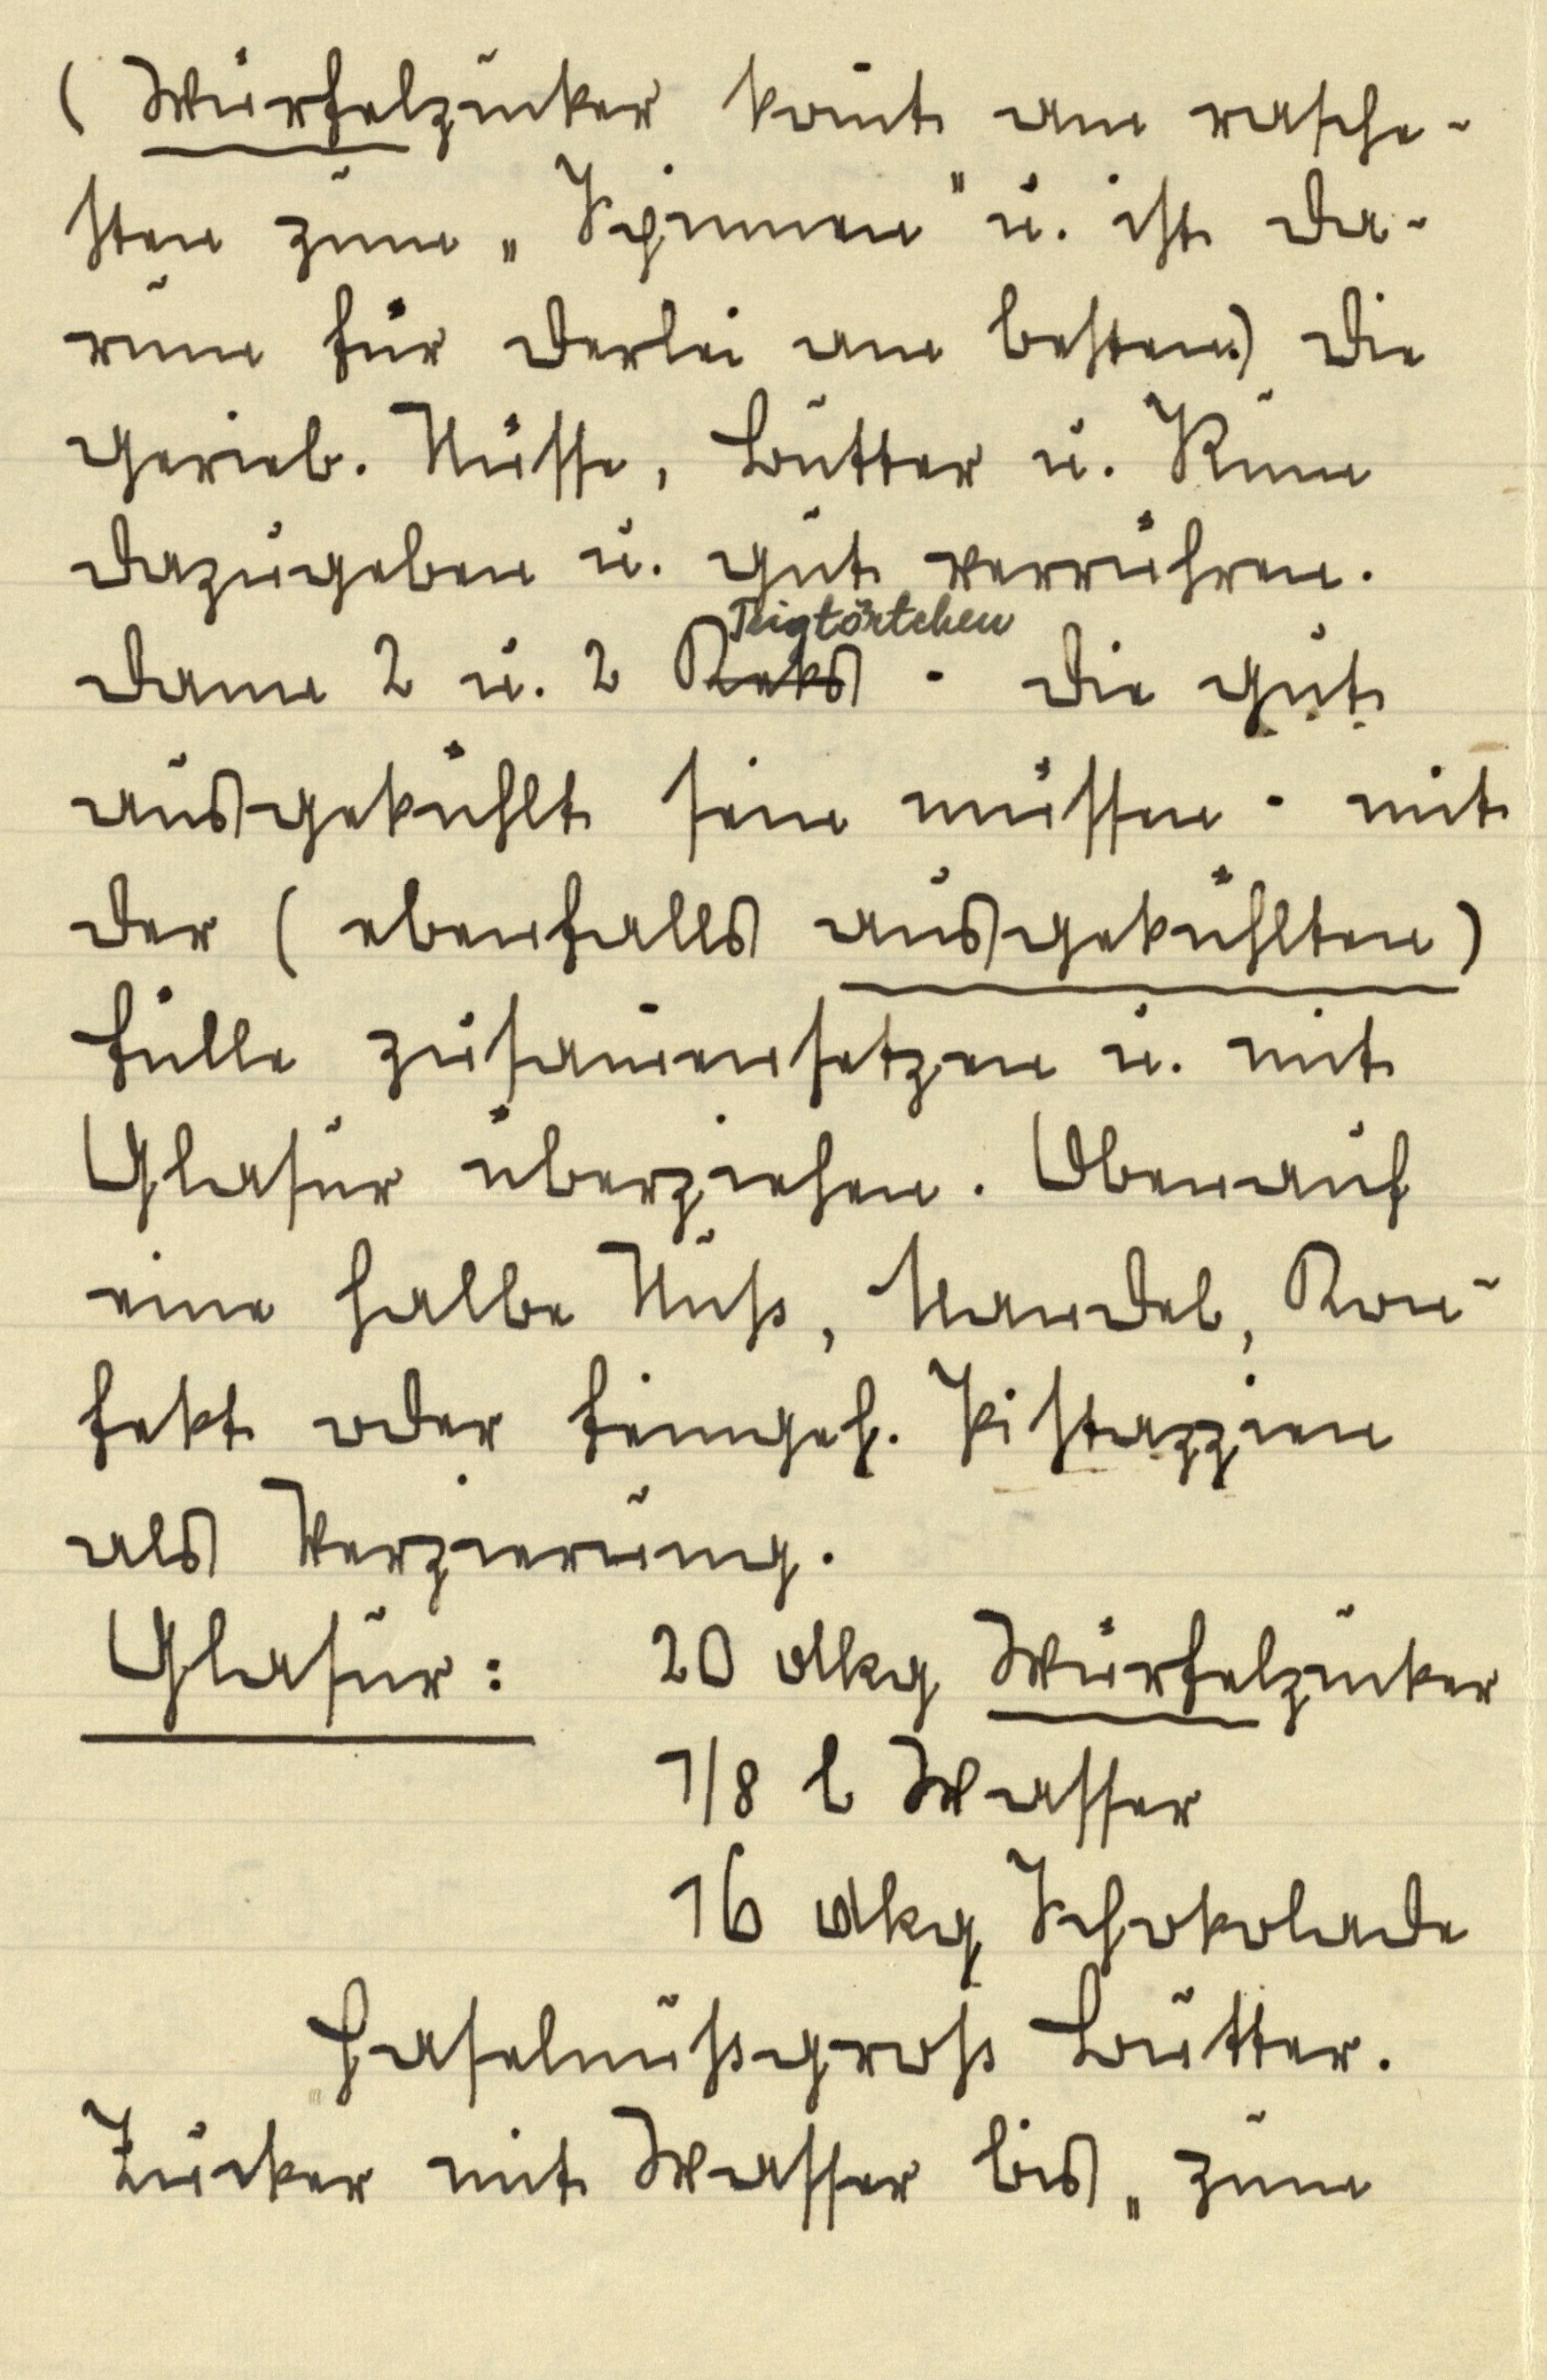
(Würfelzucker kommt am rasche¬
sten zum "Spinnen" u. ist da¬
rum für derlei am besten) Die
gerieb. Nüsse, Butter u. Rum
dazugeben u. gut verrühren.
dann 2 u. 2 Keks Teigtörtchen, die gut
ausgekühlt sein müssen, mit
der (ebenfalls ausgekühlten)
Fülle zusammensetzen u. mit
Glasur überziehen. Obenauf
eine halbe Nuß, Mandel, Kon¬
fekt oder feingeh. Pistazzien
als Verzierung.

Glasur: 20 dkg Würfelzucker
⅛ l Wasser
16 dkg Schokolade
Haselnußgroß Butter.
Zucker mit Wasser bis "zum